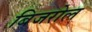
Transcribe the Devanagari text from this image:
बिजरोल